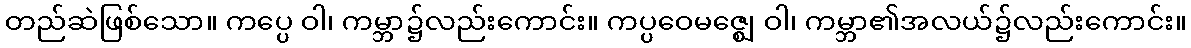
တည်ဆဲဖြစ်သော။ ကပ္ပေ ဝါ၊ ကမ္ဘာ၌လည်းကောင်း။ ကပ္ပဝေမဇ္ဈေ ဝါ၊ ကမ္ဘာ၏အလယ်၌လည်းကောင်း။